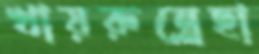
খায়রুন্নেছা